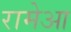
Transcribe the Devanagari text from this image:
रामेआ